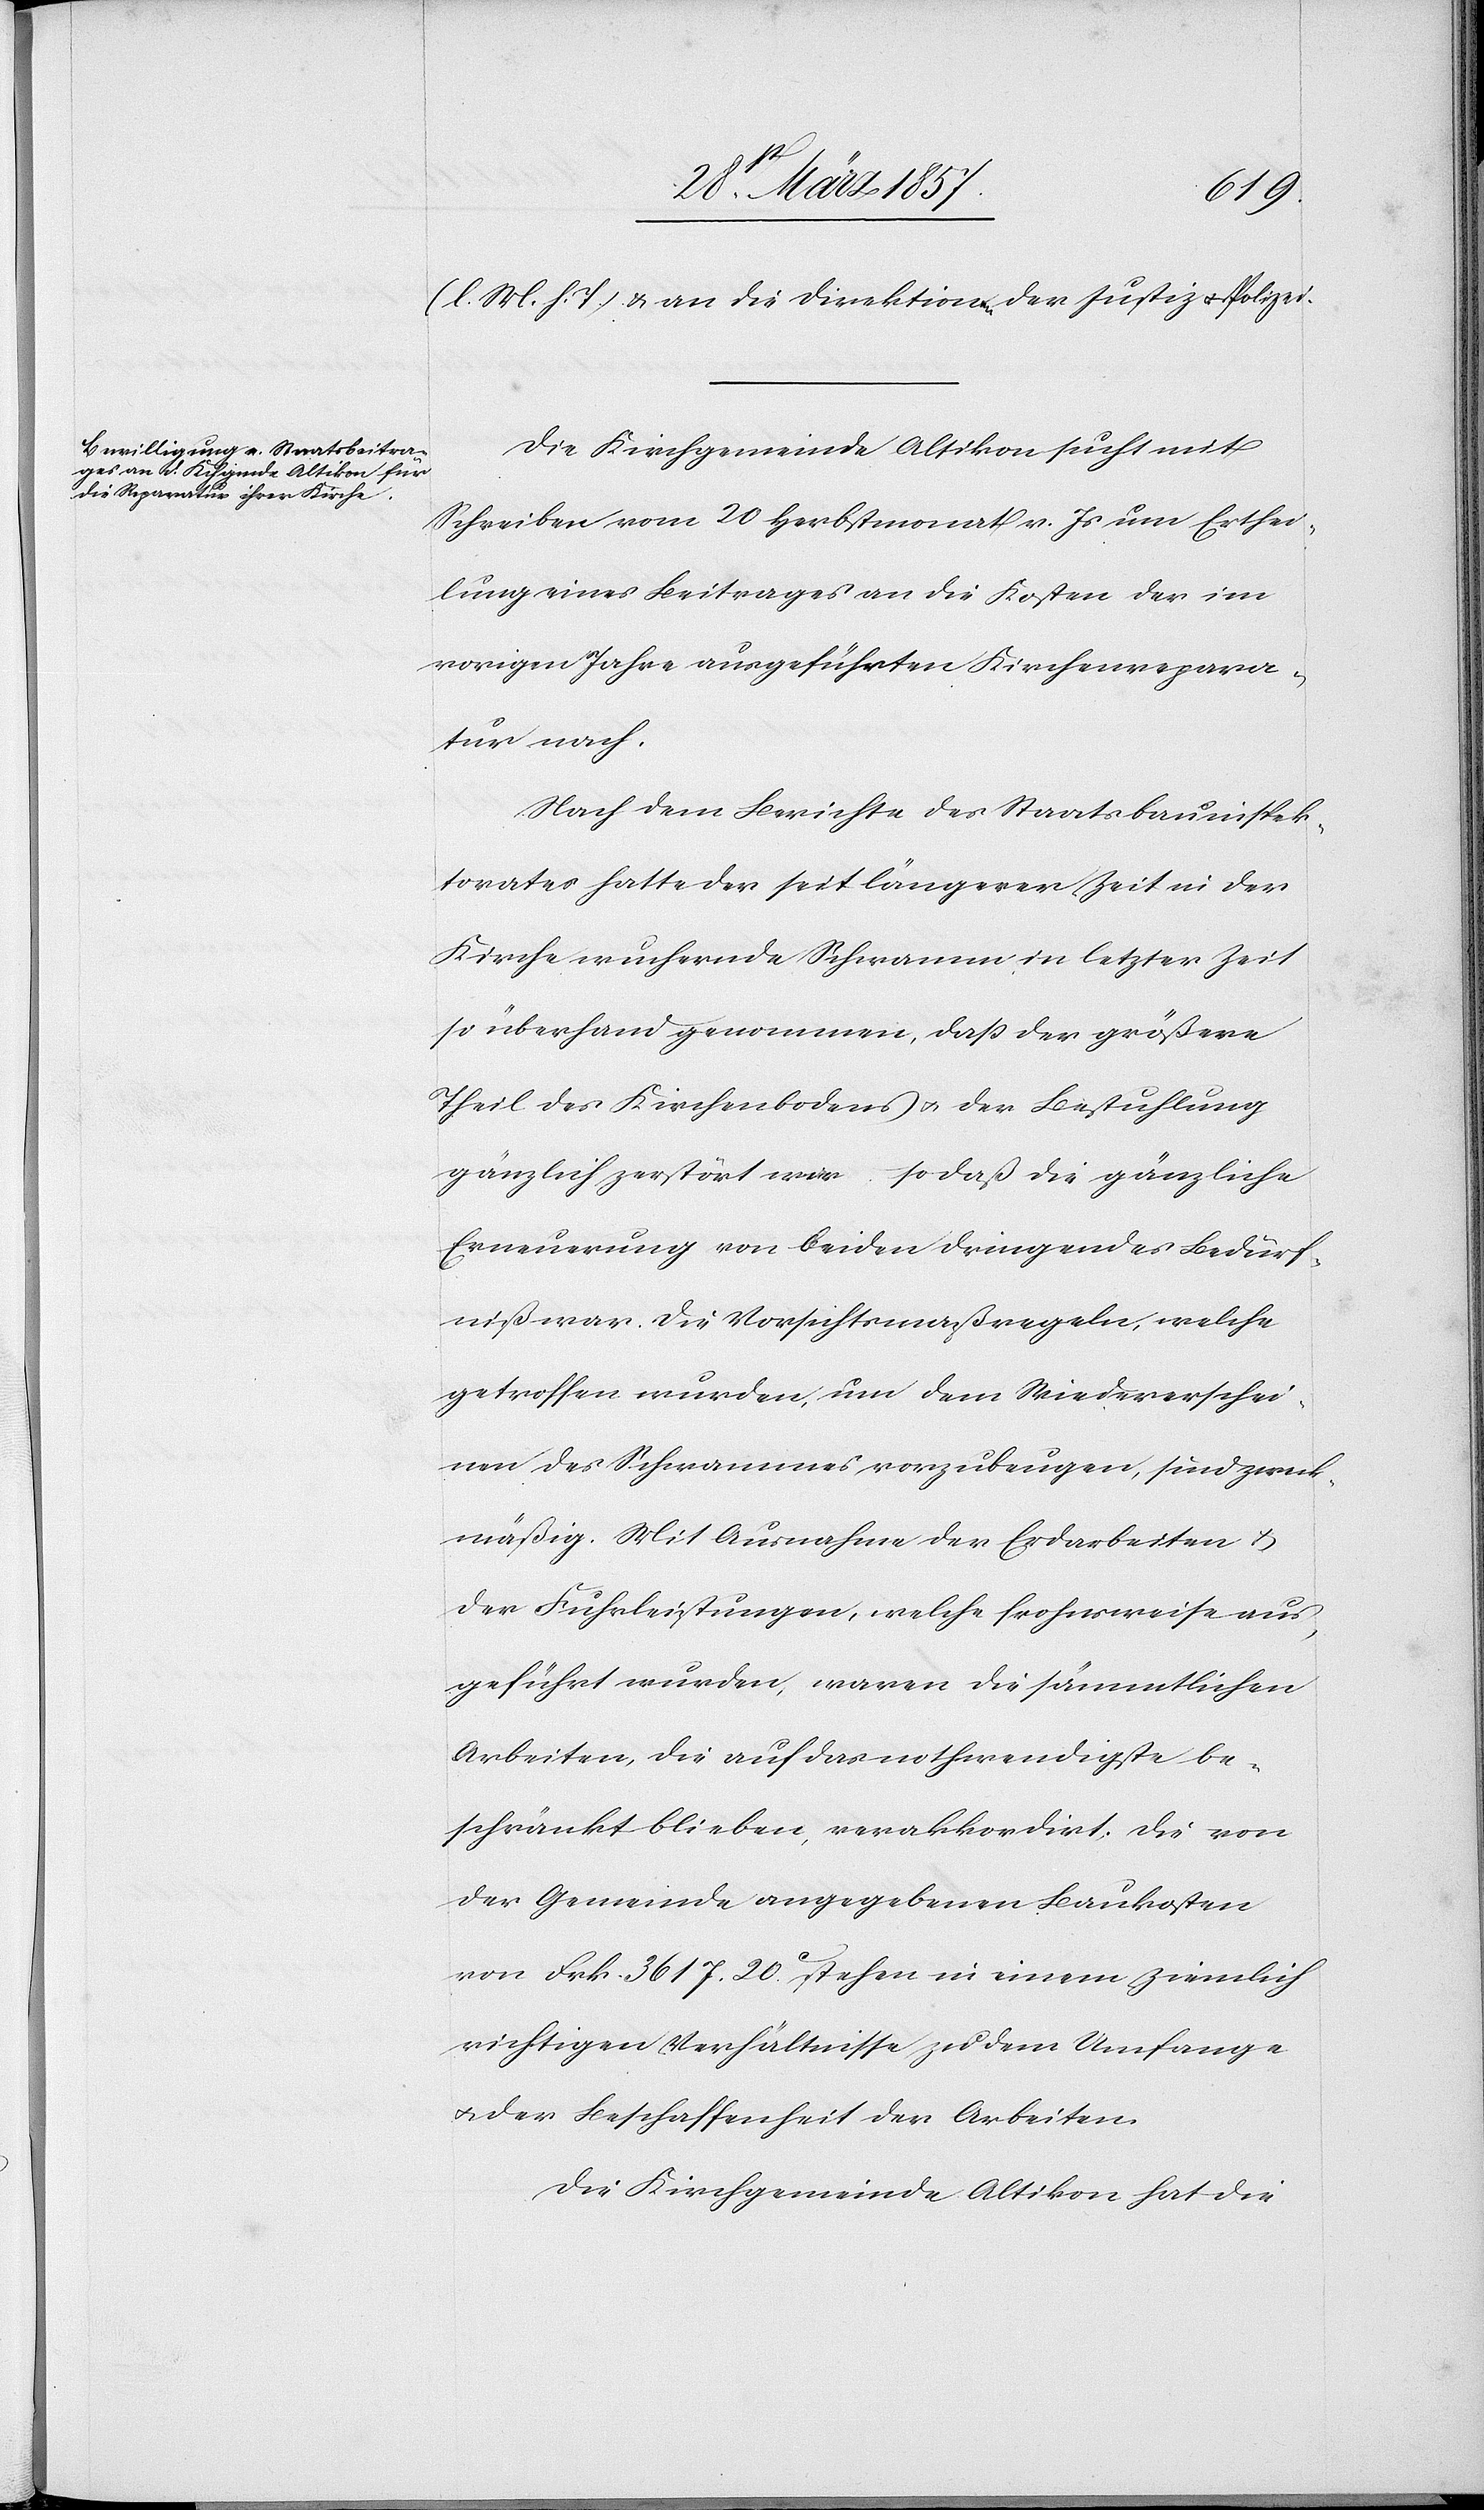
(l. M. h. T.) & an die Direktionen der Justiz u. Polizei.
Die Kirchgemeinde Altikon sucht mit
Schreiben vom 20 Herbstmonat v. Js um Erthei¬
lung eines Beitrages an die Kosten der im
vorigen Jahre ausgeführten Kirchenrepara¬
tur nach.
Nach dem Berichte des Staatsbauinspek¬
torates hatte der seit längerer Zeit in der
Kirche wuchernde Schwamm in letzter Zeit
so überhand genommen, daß der größere
Theil des Kirchenbodens u. der Bestuhlung
gänzlich zerstört war, so daß die gänzliche
Erneuerung von beiden dringendes Bedürf¬
niß war. Die Vorsichtsmaßregeln, welche
getroffen wurden, um dem Wiedererschei¬
nen des Schwammes vorzubeugen, sind zweck¬
mäßig. Mit Ausnahme der Erdarbeiten u.
der Fuhrleistungen, welche frohnsweise aus¬
geführt wurden, waren die sämmtlichen
Arbeiten, die auf das nothwendigste be¬
schränkt blieben, verakkordirt. Die von
der Gemeinde angegebenen Baukosten
von frk. 3617. 20 C stehen in einem ziemlich
richtigen Verhältnisse zu dem Umfange
u. der Beschaffenheit der Arbeiten.
Die Kirchgemeinde Altikon hat die